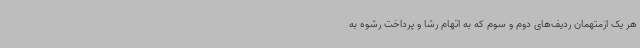
هر یک ازمتهمان ردیف‌های دوم و سوم که به اتهام رشا و پرداخت رشوه به